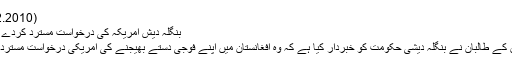
(29.12.2010)
بنگلہ دیش امریکہ کی درخواست مسترد کردے ، طالبان
افغانستان کے طالبان نے بنگلہ دیشی حکومت کو خبردار کیا ہے کہ وہ افغانستان میں اپنے فوجی دستے بھیجنے کی امریکی درخواست مسترد کر دے۔